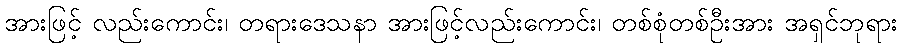
အားဖြင့် လည်းကောင်း၊ တရားဒေသနာ အားဖြင့်လည်းကောင်း၊ တစ်စုံတစ်ဦးအား အရှင်ဘုရား